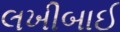
લખીબાઈ